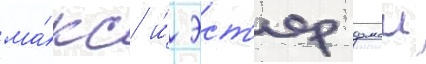
ма́кс и́ эст'ер домои